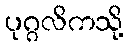
ပုဂ္ဂလိကသို့